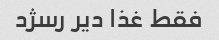
فقط غذا دیر رسژد